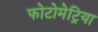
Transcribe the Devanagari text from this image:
फोटोमेट्रिया